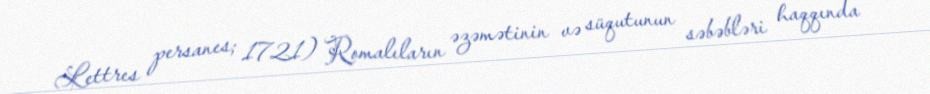
Lettres persanes; 1721) Romalıların əzəmətinin və süqutunun səbəbləri haqqında